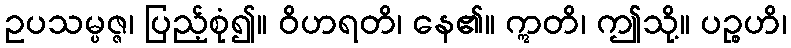
ဥပသမ္ပဇ္ဇ၊ ပြည့်စုံ၍။ ဝိဟရတိ၊ နေ၏။ ဣတိ၊ ဤသို့။ ပဉ္စဟိ၊